画像に写った文字を読んでください
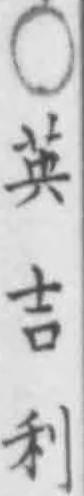
「○英吉利」と書いてあります